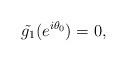
LaTeX: \begin{align*}\tilde{g_1}(e^{i\theta_0})=0,\end{align*}